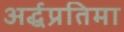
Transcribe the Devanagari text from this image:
अर्द्धप्रतिमा